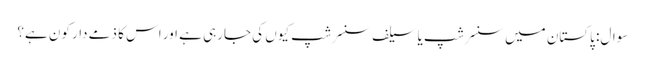
سوال: پاکستان میں سنسرشپ یا سیلف سنسرشپ کیوں کی جارہی ہے اور اس کا ذمے دار کون ہے؟